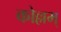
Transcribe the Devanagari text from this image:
कोल्लम्